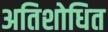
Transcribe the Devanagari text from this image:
अतिशोधित